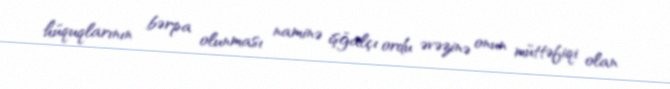
hüquqlarının bərpa olunması naminə işğalçı ordu əvəzinə onun müttəfiqi olan